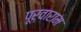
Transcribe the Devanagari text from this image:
पूर्वाराम